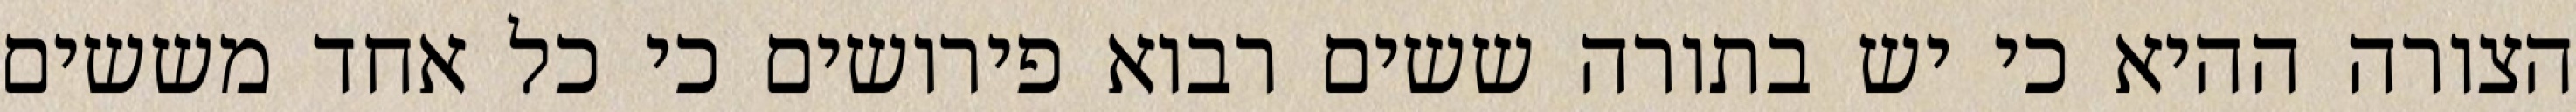
הצורה ההיא כי יש בתורה ששים רבוא פירושים כי כל אחד מששים